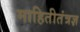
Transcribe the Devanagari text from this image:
माहितीतंत्रज्ञ